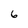
Character: 6